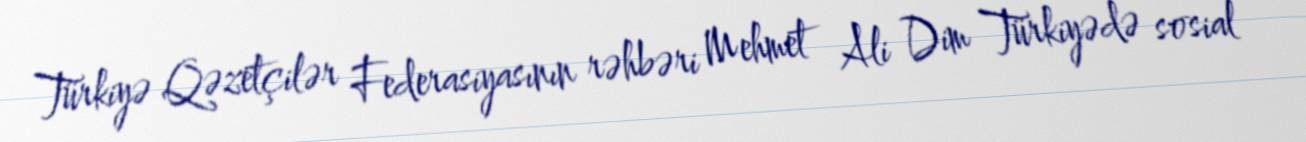
Türkiyə Qəzetçilər Federasiyasının rəhbəri Mehmet Ali Dim Türkiyədə sosial